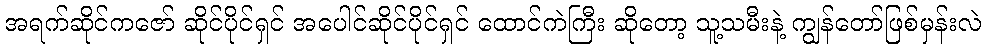
အရက်ဆိုင်ကဇော် ဆိုင်ပိုင်ရှင် အပေါင်ဆိုင်ပိုင်ရှင် ထောင်ကဲကြီး ဆိုတော့ သူ့သမီးနဲ့ ကျွန်တော်ဖြစ်မှန်းလဲ